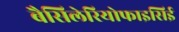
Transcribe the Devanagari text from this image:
बैसिलेरियोफाइसिई